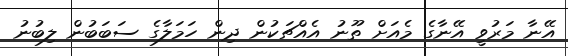
އޭނާ މަރުވީ އޭނާގެ މެއަށް ތޫނު އެއްޗަކުން ދިން ހަމަލާގެ ސަބަބުން ލިބުނު